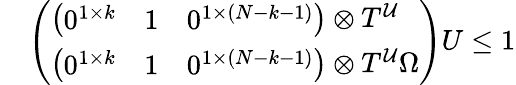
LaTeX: \begin{array}{rl}&{\left(\begin{array}{l}{\left(\begin{array}{lll}{0^{1\times k}}&{1}&{0^{1\times(N-k-1)}}\end{array}\right)\otimes T^{\mathcal{U}}}\\ {\left(\begin{array}{lll}{0^{1\times k}}&{1}&{0^{1\times(N-k-1)}}\end{array}\right)\otimes T^{\mathcal{U}}\Omega}\end{array}\right)U\leq 1}\end{array}